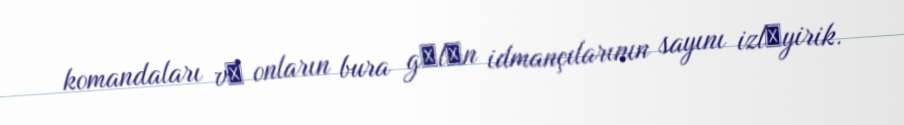
komandaları vә onların bura gәlәn idmançılarının sayını izlәyirik.